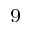
^ { 9 }